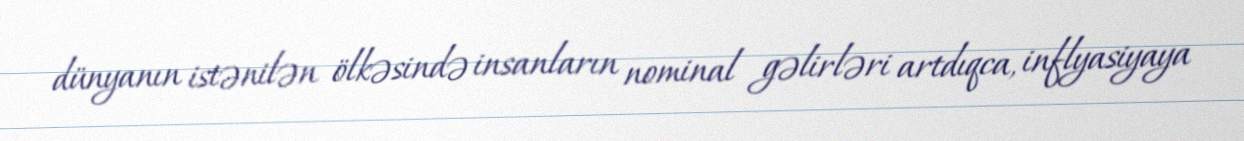
dünyanın istənilən ölkəsində insanların nominal gəlirləri artdıqca, inflyasiyaya